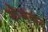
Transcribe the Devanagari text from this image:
खेमनर